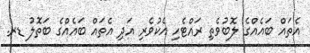
އެތައް ބައެއްގެ ލޮބުވެތި ރައްޓެހި އެކުވެރި އަދި އެތައް ބައެއްގެ ބަތޮލު ޑރ.